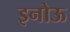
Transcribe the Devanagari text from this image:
इनोऊ